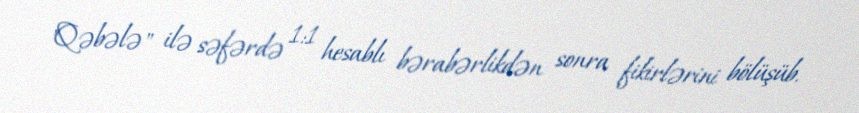
"Qəbələ" ilə səfərdə 1:1 hesablı bərabərlikdən sonra fikirlərini bölüşüb.